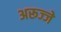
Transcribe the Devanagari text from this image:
अरूज्जे